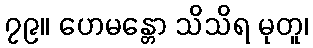
၇၉။ ဟေမန္တော သိသိရ မုတူ၊